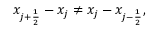
x _ { j + \frac { 1 } { 2 } } - x _ { j } \ne x _ { j } - x _ { j - \frac { 1 } { 2 } } ,